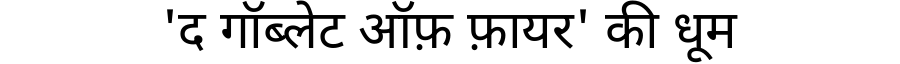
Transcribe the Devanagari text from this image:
'द गॉब्लेट ऑफ़ फ़ायर' की धूम